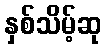
နှစ်သိမ့်ဆု